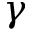
\gamma